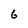
Character: 6